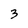
Character: 3